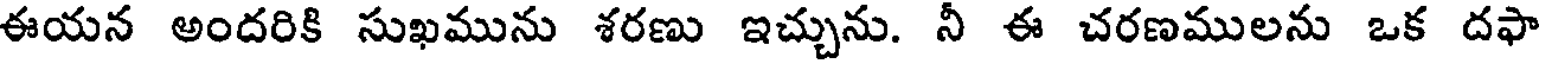
ఈయన అందరికి సుఖమును శరణు ఇచ్చును. నీ ఈ చరణములను ఒక దఫా